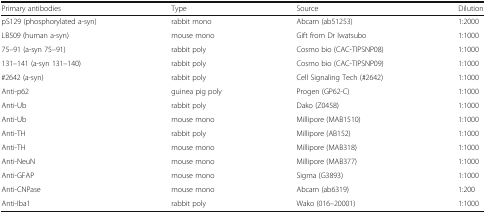
| Primary antibodies | Type | Source | Dilution |
 | --- | --- | --- | --- |
 | pS129 (phosphorylated a-syn) | rabbit mono | Abcam (ab51253) | 1:2000 |
 | LB509 (human a-syn) | mouse mono | Gift from Dr Iwatsubo | 1:1000 |
 | 75–91 (a-syn 75–91) | rabbit poly | Cosmo bio (CAC-TIPSNP08) | 1:1000 |
 | 131–141 (a-syn 131–140) | rabbit poly | Cosmo bio (CAC-TIPSNP09) | 1:1000 |
 | #2642 (a-syn) | rabbit poly | Cell Signaling Tech (#2642) | 1:1000 |
 | Anti-p62 | guinea pig poly | Progen (GP62-C) | 1:1000 |
 | Anti-Ub | rabbit poly | Dako (Z0458) | 1:1000 |
 | Anti-Ub | mouse mono | Millipore (MAB1510) | 1:1000 |
 | Anti-TH | rabbit poly | Millipore (AB152) | 1:1000 |
 | Anti-TH | mouse mono | Millipore (MAB318) | 1:1000 |
 | Anti-NeuN | mouse mono | Millipore (MAB377) | 1:1000 |
 | Anti-GFAP | mouse mono | Sigma (G3893) | 1:1000 |
 | Anti-CNPase | mouse mono | Abcam (ab6319) | 1:200 |
 | Anti-Iba1 | rabbit poly | Wako (016–20001) | 1:1000 |